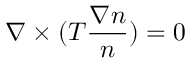
\nabla \times ( T \frac { \nabla n } { n } ) = 0